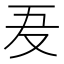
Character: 𠬷